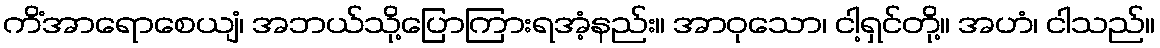
ကိံအာရောစေယျံ၊ အဘယ်သို့ပြောကြားရအံ့နည်း။ အာဝုသော၊ ငါ့ရှင်တို့။ အဟံ၊ ငါသည်။